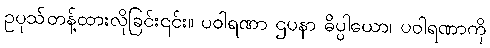
ဥပုသ်တန့်ထားလိုခြင်း၎င်း။ ပဝါရဏာ ဌပနာ ဓိပ္ပါယော၊ ပဝါရဏာကို